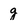
Character: g